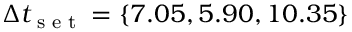
\Delta t _ { \textrm { s e t } } = \{ 7 . 0 5 , 5 . 9 0 , 1 0 . 3 5 \}